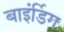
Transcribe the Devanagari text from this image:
बाइंर्डिग